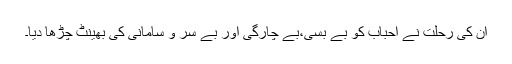
ان کی رحلت نے احباب کو بے بسی،بے چارگی اور بے سر و سامانی کی بھینٹ چڑھا دیا۔